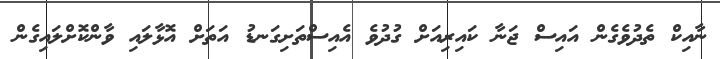
ނާއިކް ތެދުވެގެން އައިސް ޖަނާ ކައިރިއަށް ގުދުވެ އެއިސްތަށިގަނޑު އަތަށް އޮޅާލައި ވާންކޮށްލައިގެން